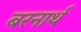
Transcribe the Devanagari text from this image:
बरनार्थ